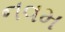
નવમ